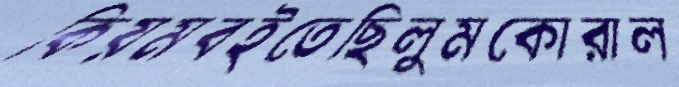
কিয়মবইতেছিলুমকোরাল